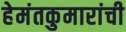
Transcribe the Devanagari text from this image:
हेमंतकुमारांची